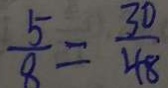
\frac { 5 } { 8 } = \frac { 3 0 } { 4 8 }